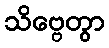
သိဗ္ဗေတွာ